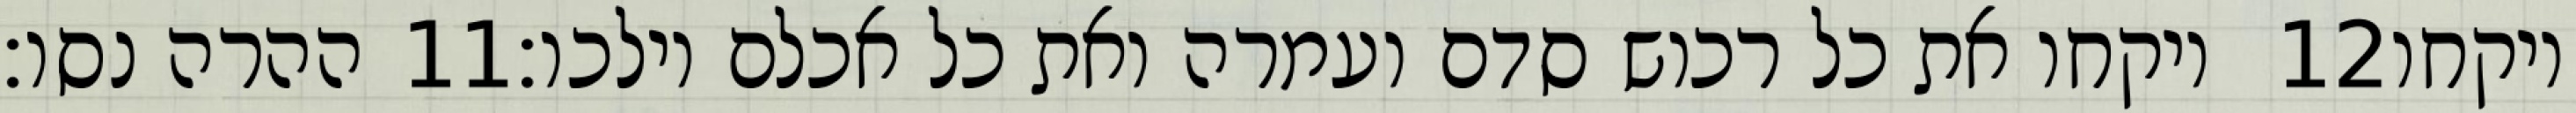
ההרה נסו׃ ‎11‏ ויקחו את כל רכוש סדם ועמרה ואת כל אכלם וילכו׃ ‎12‏ ויקחו